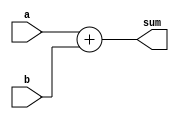
`timescale 1ns/1ps
module adder8(a,b,sum);

input [7:0] a,b;
output [7:0] sum;
wire [7:0] sum;

assign sum = a + b;

endmodule